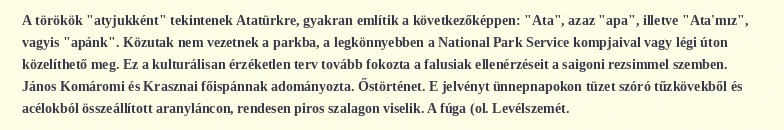
A törökök "atyjukként" tekintenek Atatürkre, gyakran említik a következőképpen: "Ata", azaz "apa", illetve "Ata'mız", vagyis "apánk". Közutak nem vezetnek a parkba, a legkönnyebben a National Park Service kompjaival vagy légi úton közelíthető meg. Ez a kulturálisan érzéketlen terv tovább fokozta a falusiak ellenérzéseit a saigoni rezsimmel szemben. János Komáromi és Krasznai főispánnak adományozta. Őstörténet. E jelvényt ünnepnapokon tüzet szóró tűzkövekből és acélokból összeállított aranyláncon, rendesen piros szalagon viselik. A fúga (ol. Levélszemét.